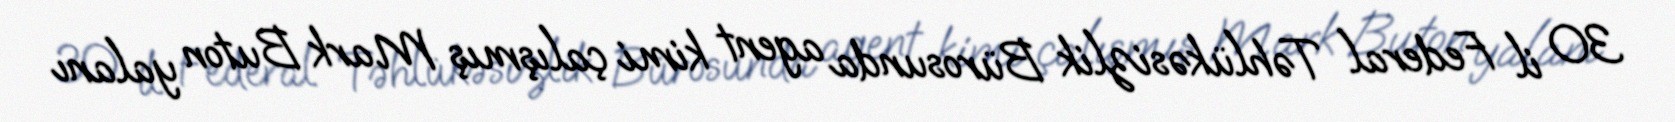
30 il Federal Təhlükəsizlik Bürosunda agent kimi çalışmış Mark Buton yalanı